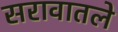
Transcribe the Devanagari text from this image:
सरावातले